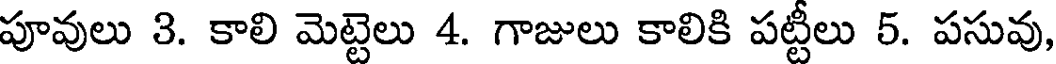
పూవులు 3. కాలి మెట్టెలు 4. గాజులు కాలికి పట్టీలు 5. పసువు,